Veterinary regulations India, 1935 -
Year: 1935
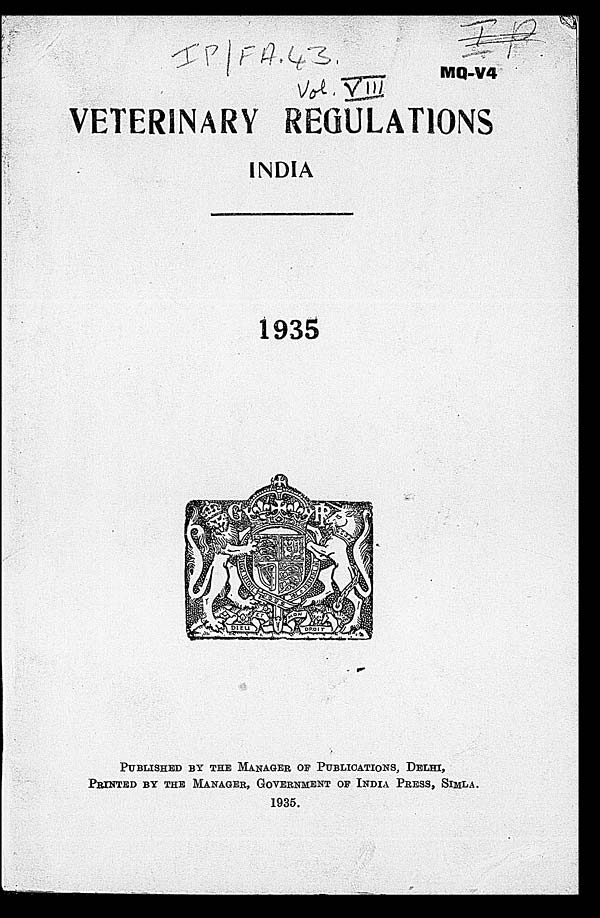
MQ-V4
VETERINARY REGULATIONS
INDIA
1935
PUBLISHED BY THE MANAGER OF PUBLICATIONS, DELHI,
PRINTED BY THE MANAGER, GOVERNMENT OF INDIA PRESS, SIMLA.
1935.